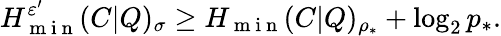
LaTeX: H_{\mathrm{~m~i~n~}}^{\varepsilon^{\prime}}(C|Q)_{\sigma}\geq H_{\mathrm{~m~i~n~}}(C|Q)_{\rho_{\ast}}+\log_{2}p_{\ast}.